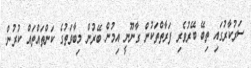
ސަރުކާރުގައި ތިބޭ ބޭރުވެރި ފަރާތްތަކުން ގާނޫނީ އިމުން ބޭރުން މިބާވަތުގެ ކަންތައްތައް ކުރުން.